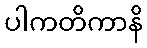
ပါကတိကာနိ